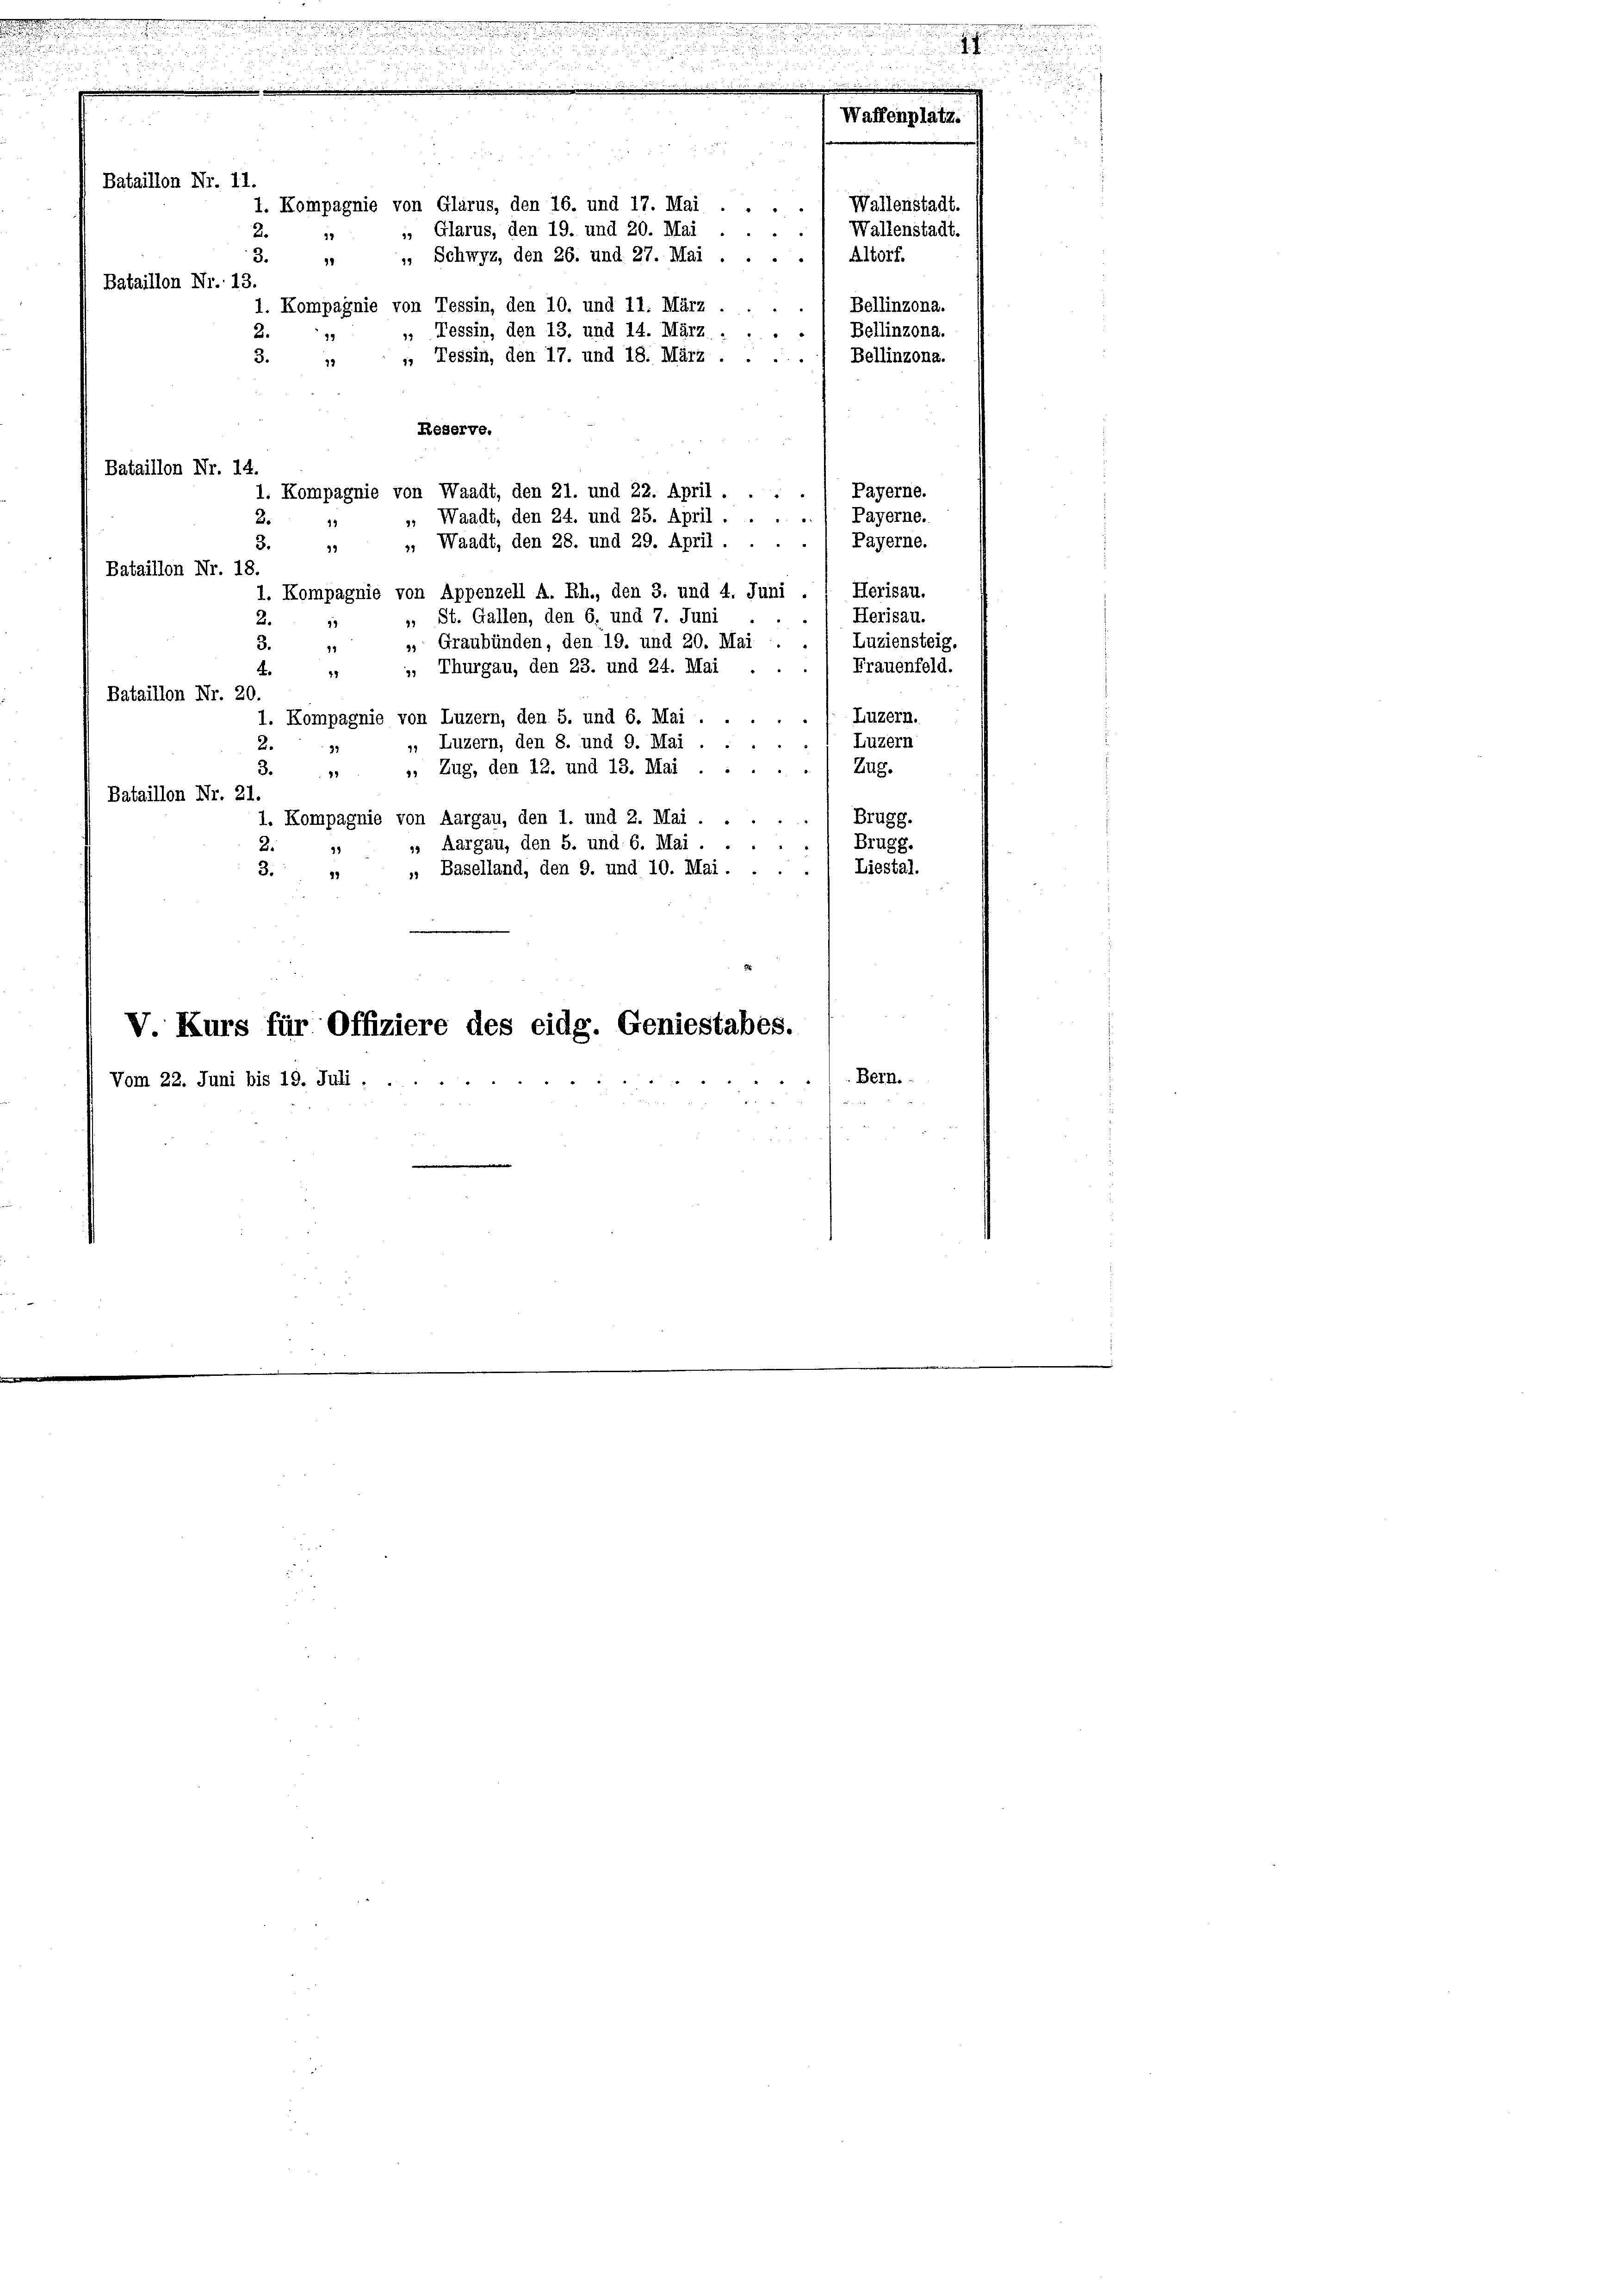
Bataillon Nr. 11.
1. Kompagnie von Glarus, den 16. und 17. Mai
2.
„ Glarus, den 19. und 20. Mai
17
", Schwyz, den 26. und 27. Mai
3. 11
Bataillon Nr. 13.
1. Kompagnie von Tessin, den 10. und 11. März ....
 Tessin, den 13. und 14. März.
2.
23
, Tessin, den 17. und 18. März .
3.
12

Reserve.
Payerne.
1. Kompagnie von Waadt, den 21. und 22. April.
A
, Waadt, den 24. und 25. April.
Payerne.
.
2.
19
». Waadt, den 28. und 29. April.
Payerne.
3.
93
Bataillon Nr. 18.
Herisau.
1. Kompagnie von Appenzell A. Rh., den 3. und 4. Juni .
Herisau.
». St. Gallen, den 6. und 7. Juni
2.
13
Luziensteig.
3.
 Graubünden, den 19. und 20. Mai
17
Frauenfeld.
, Thurgau, den 23. und 24. Mai
4.
49
Bataillon Nr. 20.
Luzern.
1. Kompagnie von Luzern, den 5. und 6. Mai.
Luzern
, Luzern, den 8. und 9. Mai.
2.
27
Zug.
, Zug, den 12. und 13. Mai
3.1
Bataillon Nr. 21.
Brugg.
1. Kompagnie von Aargau, den 1. und 2. Mai.
, Aargau, den 5. und 6. Mai.
Brugg.
¬
2.
29
Liestal.
3.
 Baselland, den 9. und 10. Mai . .
1

Bataillon Nr. 14.

V. Kurs für Offiziere des eidg. Geniestabes.
Vom 22. Juni bis 19. Juli . .

.. Wallenstadt.
Wallenstadt.
5
) Altorf.
Bellinzona.
Bellinzona.
"
Bellinzona.